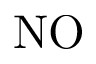
\mathrm { N O }